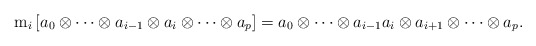
\begin{align*}{\rm m}_i \left[ a_0 \otimes \cdots \otimes a_{i-1}\otimes a_i \otimes \cdots \otimes a_p \right]= a_0 \otimes \cdots \otimes a_{i-1} a_i\otimes a_{i+1} \otimes \cdots \otimes a_p.\end{align*}